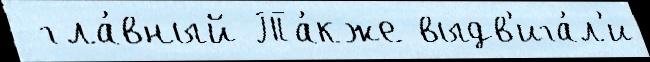
 гла́вный Та́кже выдв'ига́л'и